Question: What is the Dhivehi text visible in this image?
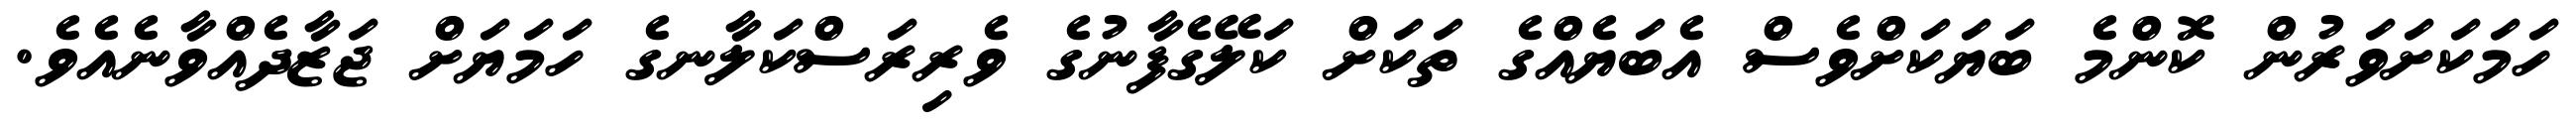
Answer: ހަމަކަށަވަރުން ކޮންމެ ބަޔަކަށްވެސް އެބަޔެއްގެ ތަކަށް ކަލޭގެފާނުގެ ވެރިރަސްކަލާނގެ ހަމަޔަށް ޖަޒާދެއްވާނެއެވެ.